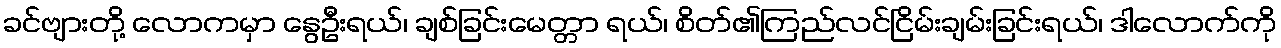
ခင်ဗျားတို့ လောကမှာ နွေဦးရယ်၊ ချစ်ခြင်းမေတ္တာ ရယ်၊ စိတ်၏ကြည်လင်ငြိမ်းချမ်းခြင်းရယ်၊ ဒါလောက်ကို